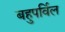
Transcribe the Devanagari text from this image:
बहुपर्विल